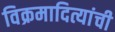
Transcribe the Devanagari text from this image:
विक्रमादित्यांची